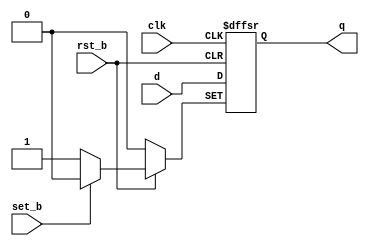
module d_ff(
  input clk, rst_b, set_b, d,
  output reg q
  );
  
  always @ (posedge clk, negedge rst_b, negedge set_b)
    if (!set_b) q <= 1;
    else if(!rst_b) q <= 0;
    else q <= d;
      
endmodule